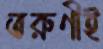
তরুণীই